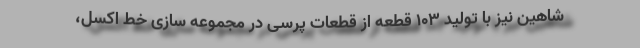
شاهین نیز با تولید 103 قطعه از قطعات پرسی در مجموعه سازی خط اَکسل،